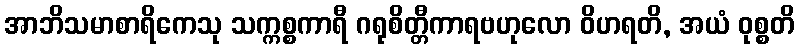
အာဘိသမာစာရိကေသု သက္ကစ္စကာရီ ဂရုစိတ္တီကာရဗဟုလော ဝိဟရတိ, အယံ ဝုစ္စတိ